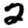
Digit: 2